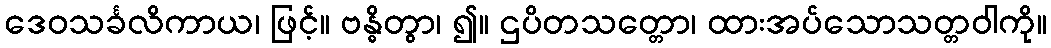
ဒေဝသင်္ခလိကာယ၊ ဖြင့်။ ဗန္ဓိတွာ၊ ၍။ ဌပိတသတ္တော၊ ထားအပ်သောသတ္တဝါကို။